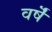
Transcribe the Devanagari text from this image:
वर्षॆं